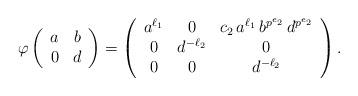
LaTeX: \begin{align*} \varphi\left(\begin{array}{c c} a & b \\ 0 & d \end{array}\right) & = \left(\begin{array}{c c c} a^{\ell_1} & 0 & c_2 \, a^{\ell_1} \, b^{p^{e_2}} \, d^{ p^{e_2} }\\ 0 & d^{ - \ell_2} & 0 \\ 0 & 0 & d^{- \ell_2} \end{array} \right) . \end{align*}